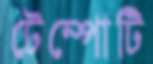
টেম্পোটি